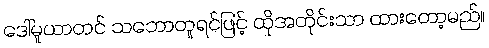
ဒေါ်မူယာတင် သဘောတူရင်ဖြင့် ထိုအတိုင်းသာ ထားတော့မည်။